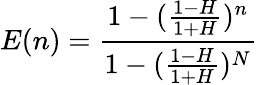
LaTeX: E(n)=\frac{1-(\frac{1-H}{1+H})^{n}}{1-(\frac{1-H}{1+H})^{N}}